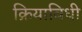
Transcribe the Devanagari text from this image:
क्रियाविधी